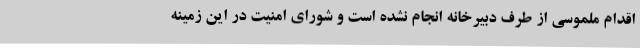
اقدام ملموسی از طرف دبیرخانه انجام نشده است و شورای امنیت در این زمینه